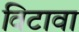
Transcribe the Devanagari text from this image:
विटावा